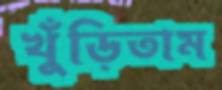
খুঁড়িতাম